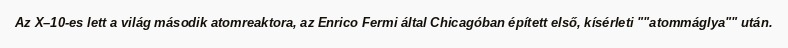
Az X–10-es lett a világ második atomreaktora, az Enrico Fermi által Chicagóban épített első, kísérleti ""atommáglya"" után.